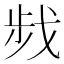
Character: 𢧁